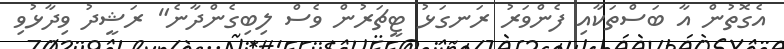
އެގޮތުން އާ ބަސްތަކާއި ފެންވަރު ރަނގަޅު ޓީޗަރުން ވެސް ލިބިގެންދާނެ" ރަޝީދު ވިދާޅުވި